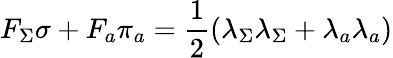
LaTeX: F_{\Sigma}\sigma+F_{a}\pi_{a}=\frac{1}{2}(\lambda_{\Sigma}\lambda_{\Sigma}+\lambda_{a}\lambda_{a})